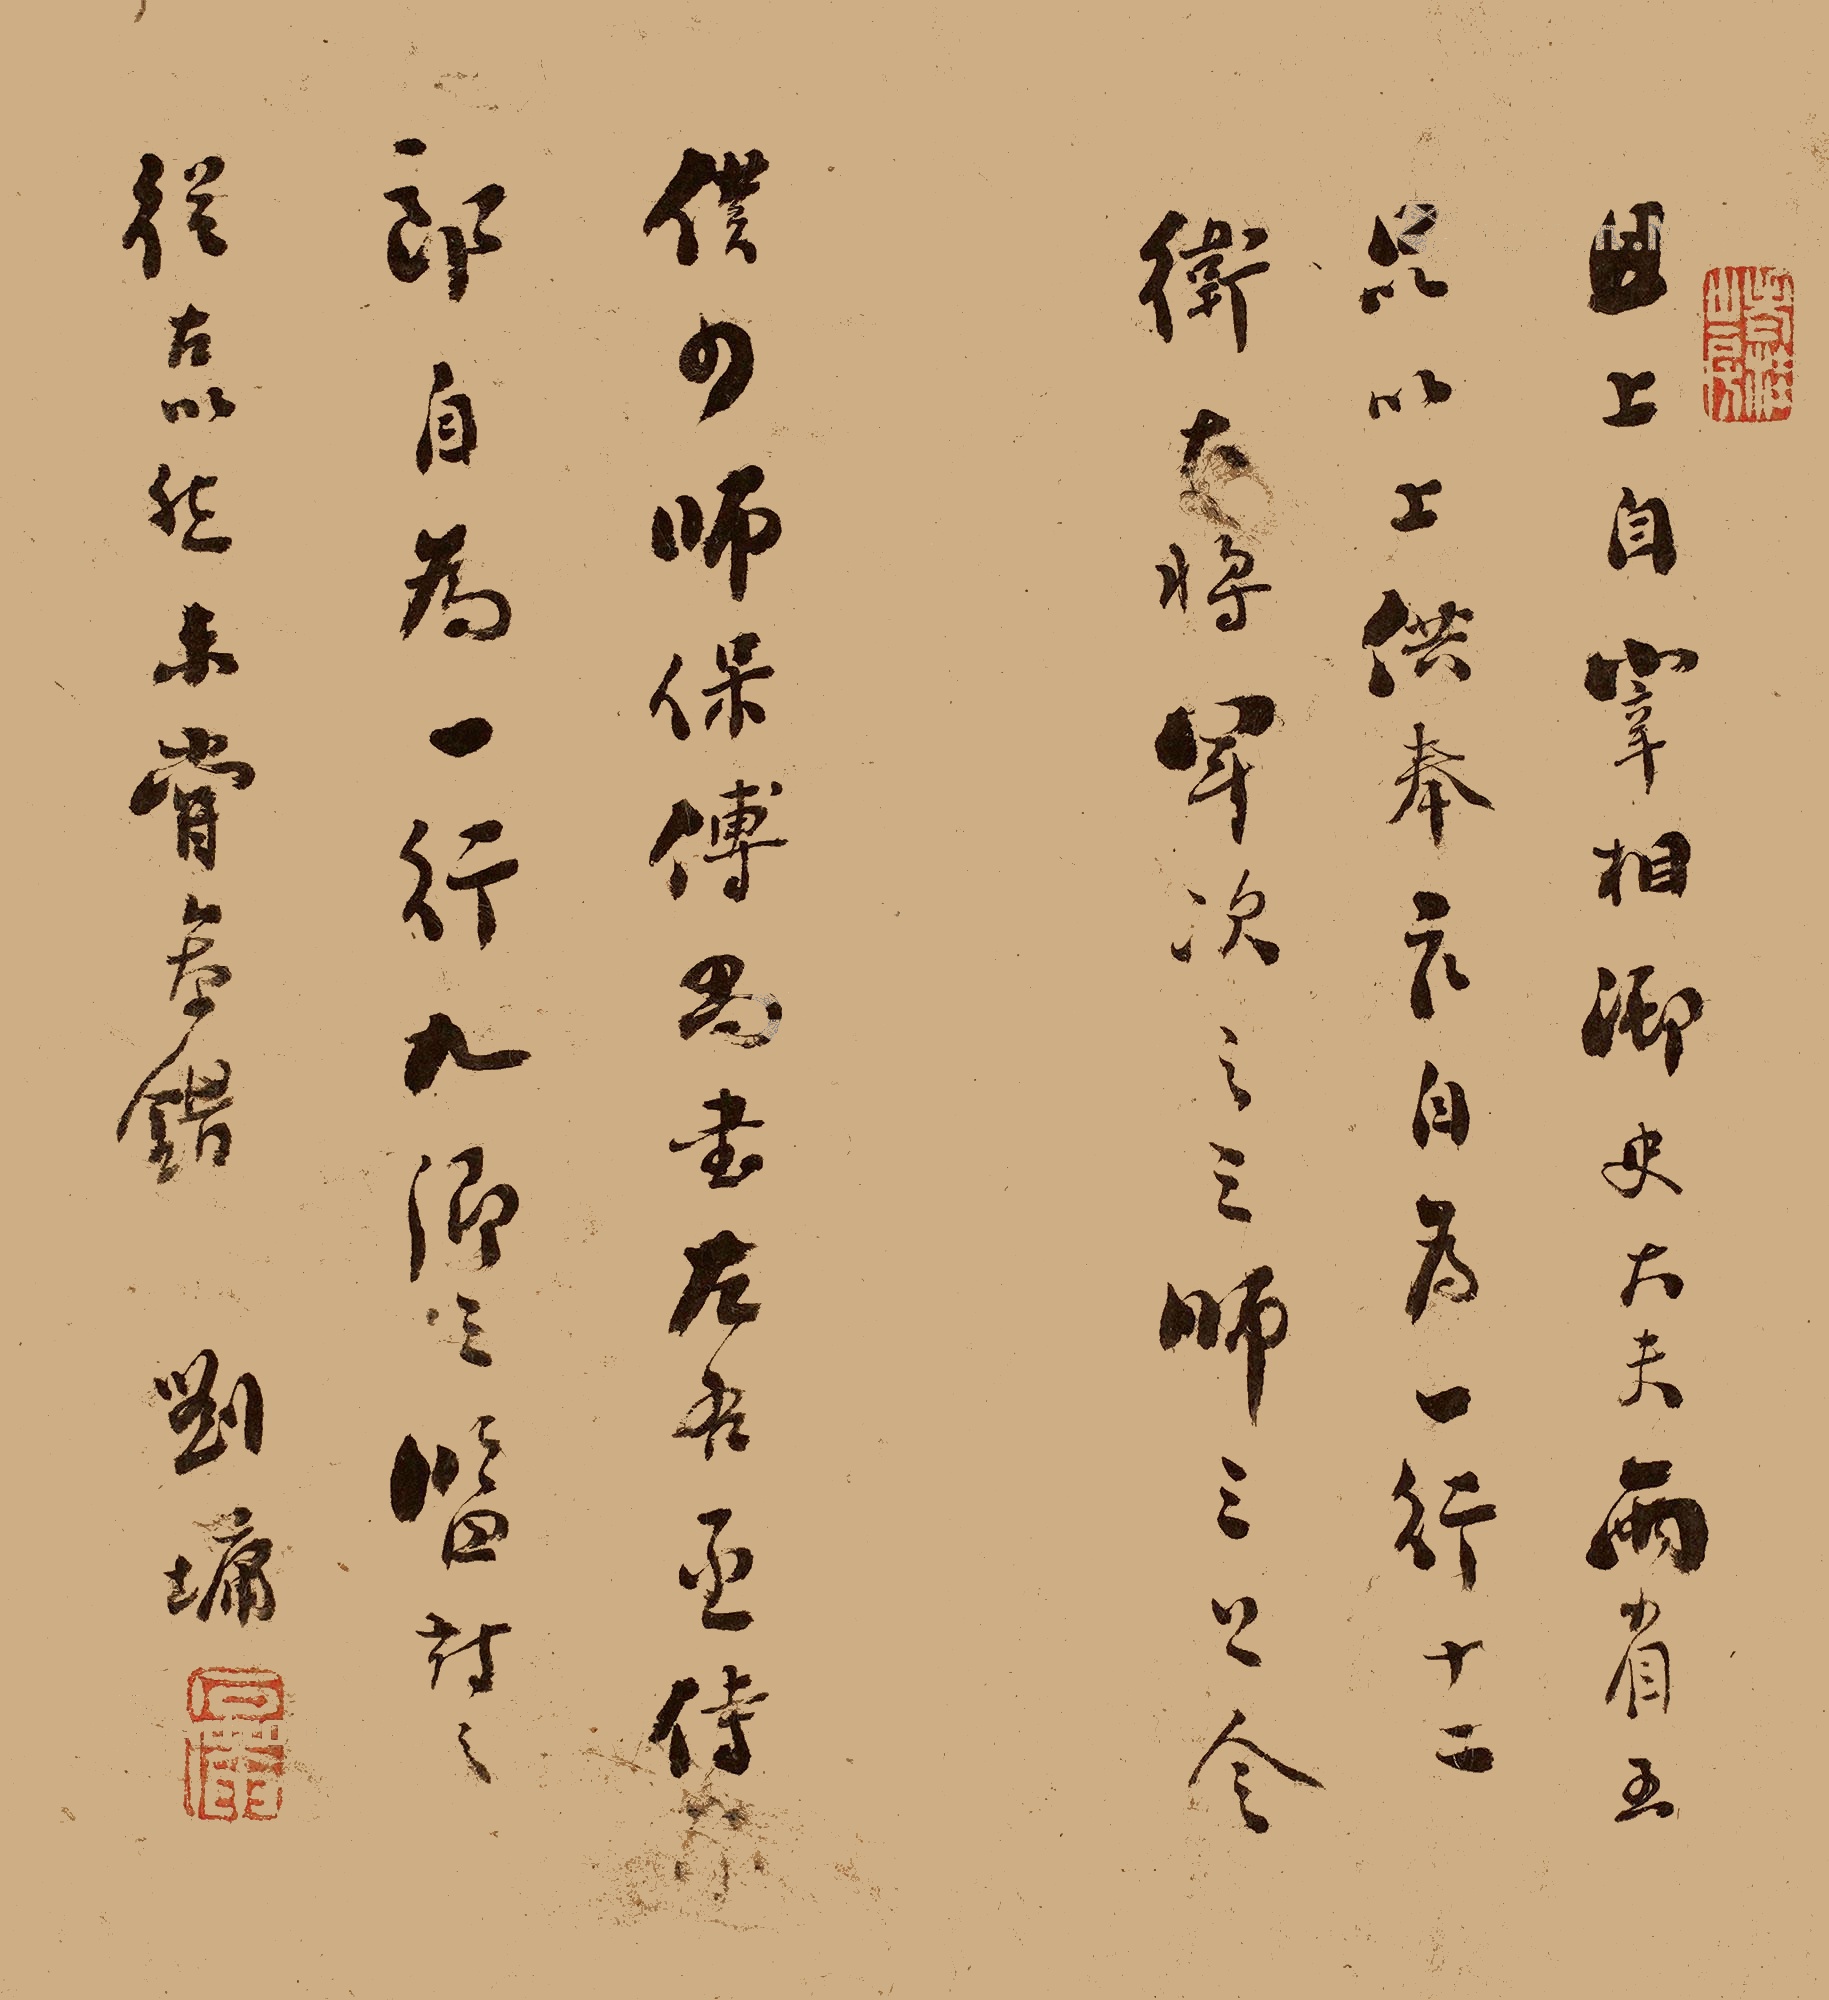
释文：且上自宰相御史大夫，两省五品以上供奉官，自为一行，十二卫大将军次之；三师、三公、令仆、少师、保傅、尚书、左右丞侍郎自为一行，九卿三监对之。从古以然，未尝参错。刘墉。